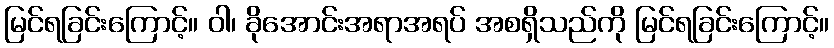
မြင်ရခြင်းကြောင့်။ ဝါ၊ ခိုအောင်းအရာအရပ် အစရှိသည်ကို မြင်ရခြင်းကြောင့်။